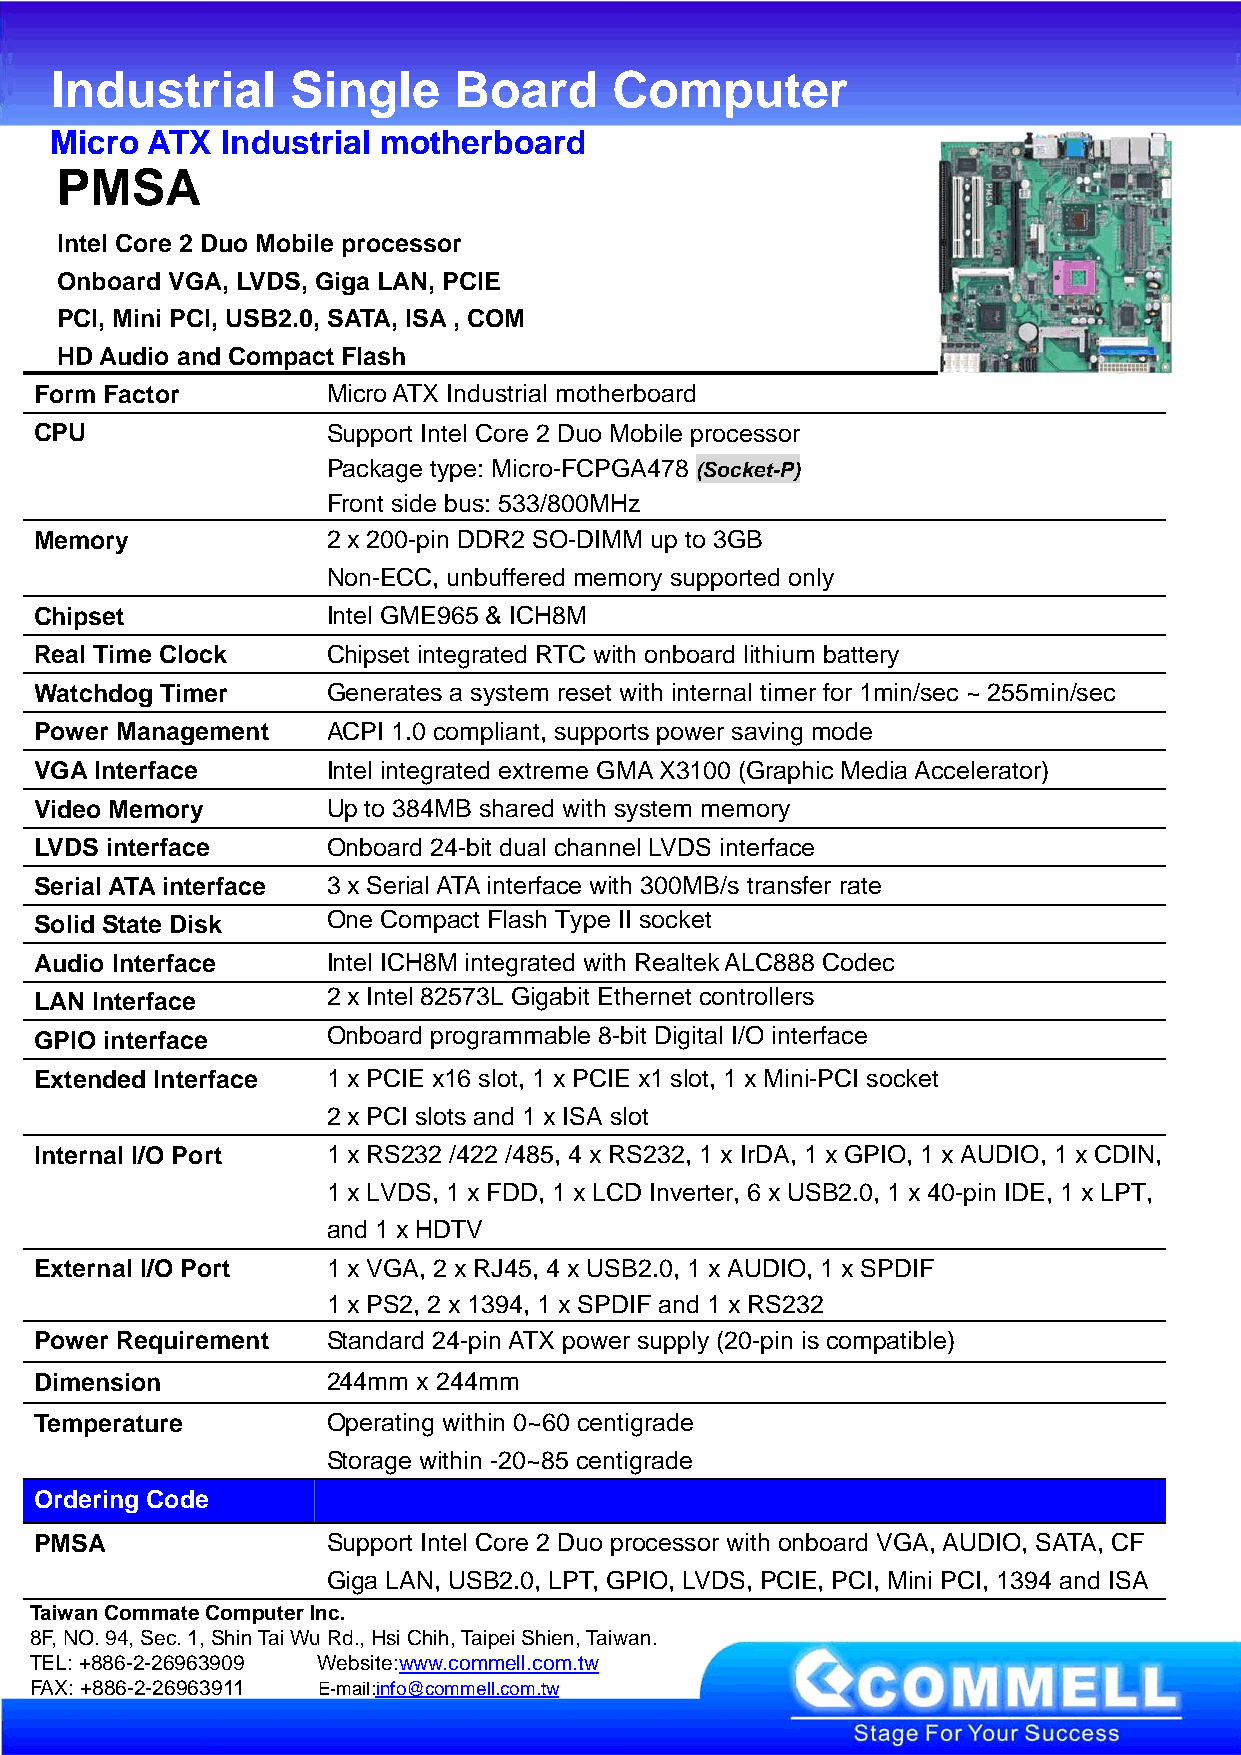
Industrial      Single     Board      Computer
 Micro  ATX  Industrial motherboard
 PMSA
 Intel Core 2 Duo Mobile processor
 Onboard VGA, LVDS, Giga LAN, PCIE
 PCI, Mini PCI, USB2.0, SATA, ISA , COM
 HD Audio and Compact Flash
 Form Factor         Micro ATX Industrial motherboard
 CPU                 Support Intel Core 2 Duo Mobile processor
 Package type: Micro-FCPGA478 (Socket-P)
 Front side bus: 533/800MHz
 Memory              2 x 200-pin DDR2 SO-DIMM up to 3GB
 Non-ECC, unbuffered memory supported only
 Chipset             Intel GME965 & ICH8M
 Real Time Clock     Chipset integrated RTC with onboard lithium battery
 Watchdog Timer      Generates a system reset with internal timer for 1min/sec ~ 255min/sec
 Power Management    ACPI 1.0 compliant, supports power saving mode
 VGA Interface       Intel integrated extreme GMA X3100 (Graphic Media Accelerator)
 Video Memory        Up to 384MB shared with system memory
 LVDS interface      Onboard 24-bit dual channel LVDS interface
 Serial ATA interface 3 x Serial ATA interface with 300MB/s transfer rate
 Solid State Disk    One Compact Flash Type II socket
 Audio Interface     Intel ICH8M integrated with Realtek ALC888 Codec
 LAN Interface       2 x Intel 82573L Gigabit Ethernet controllers
 GPIO interface      Onboard programmable 8-bit Digital I/O interface
 Extended Interface  1 x PCIE x16 slot, 1 x PCIE x1 slot, 1 x Mini-PCI socket
 2 x PCI slots and 1 x ISA slot
 Internal I/O Port   1 x RS232 /422 /485, 4 x RS232, 1 x IrDA, 1 x GPIO, 1 x AUDIO, 1 x CDIN,
 1 x LVDS, 1 x FDD, 1 x LCD Inverter, 6 x USB2.0, 1 x 40-pin IDE, 1 x LPT,
 and 1 x HDTV
 External I/O Port   1 x VGA, 2 x RJ45, 4 x USB2.0, 1 x AUDIO, 1 x SPDIF
 1 x PS2, 2 x 1394, 1 x SPDIF and 1 x RS232
 Power Requirement   Standard 24-pin ATX power supply (20-pin is compatible)
 Dimension           244mm x 244mm
 Temperature         Operating within 0~60 centigrade
 Storage within -20~85 centigrade
 Ordering Code
 PMSA                Support Intel Core 2 Duo processor with onboard VGA, AUDIO, SATA, CF
 Giga LAN, USB2.0, LPT, GPIO, LVDS, PCIE, PCI, Mini PCI, 1394 and ISA
 Taiwan Commate Computer Inc.
 8F, NO. 94, Sec. 1, Shin Tai Wu Rd., Hsi Chih, Taipei Shien, Taiwan.
 TEL: +886-2-26963909 Website:www.commell.com.tw
 FAX: +886-2-26963911 E-mail:info@commell.com.tw